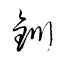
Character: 釧